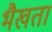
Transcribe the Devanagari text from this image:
भैखतां